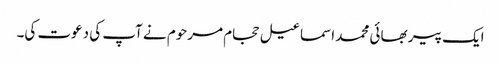
ایک پیر بھائی محمد اسماعیل حجام مرحوم نے آپ کی دعوت کی۔